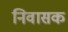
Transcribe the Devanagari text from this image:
निवासक